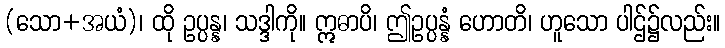
(သော+အယံ)၊ ထို ဥပ္ပန္န၊ သဒ္ဒါကို။ ဣဓာပိ၊ ဤဥပ္ပန္နံ ဟောတိ၊ ဟူသော ပါဌ်၌လည်း။